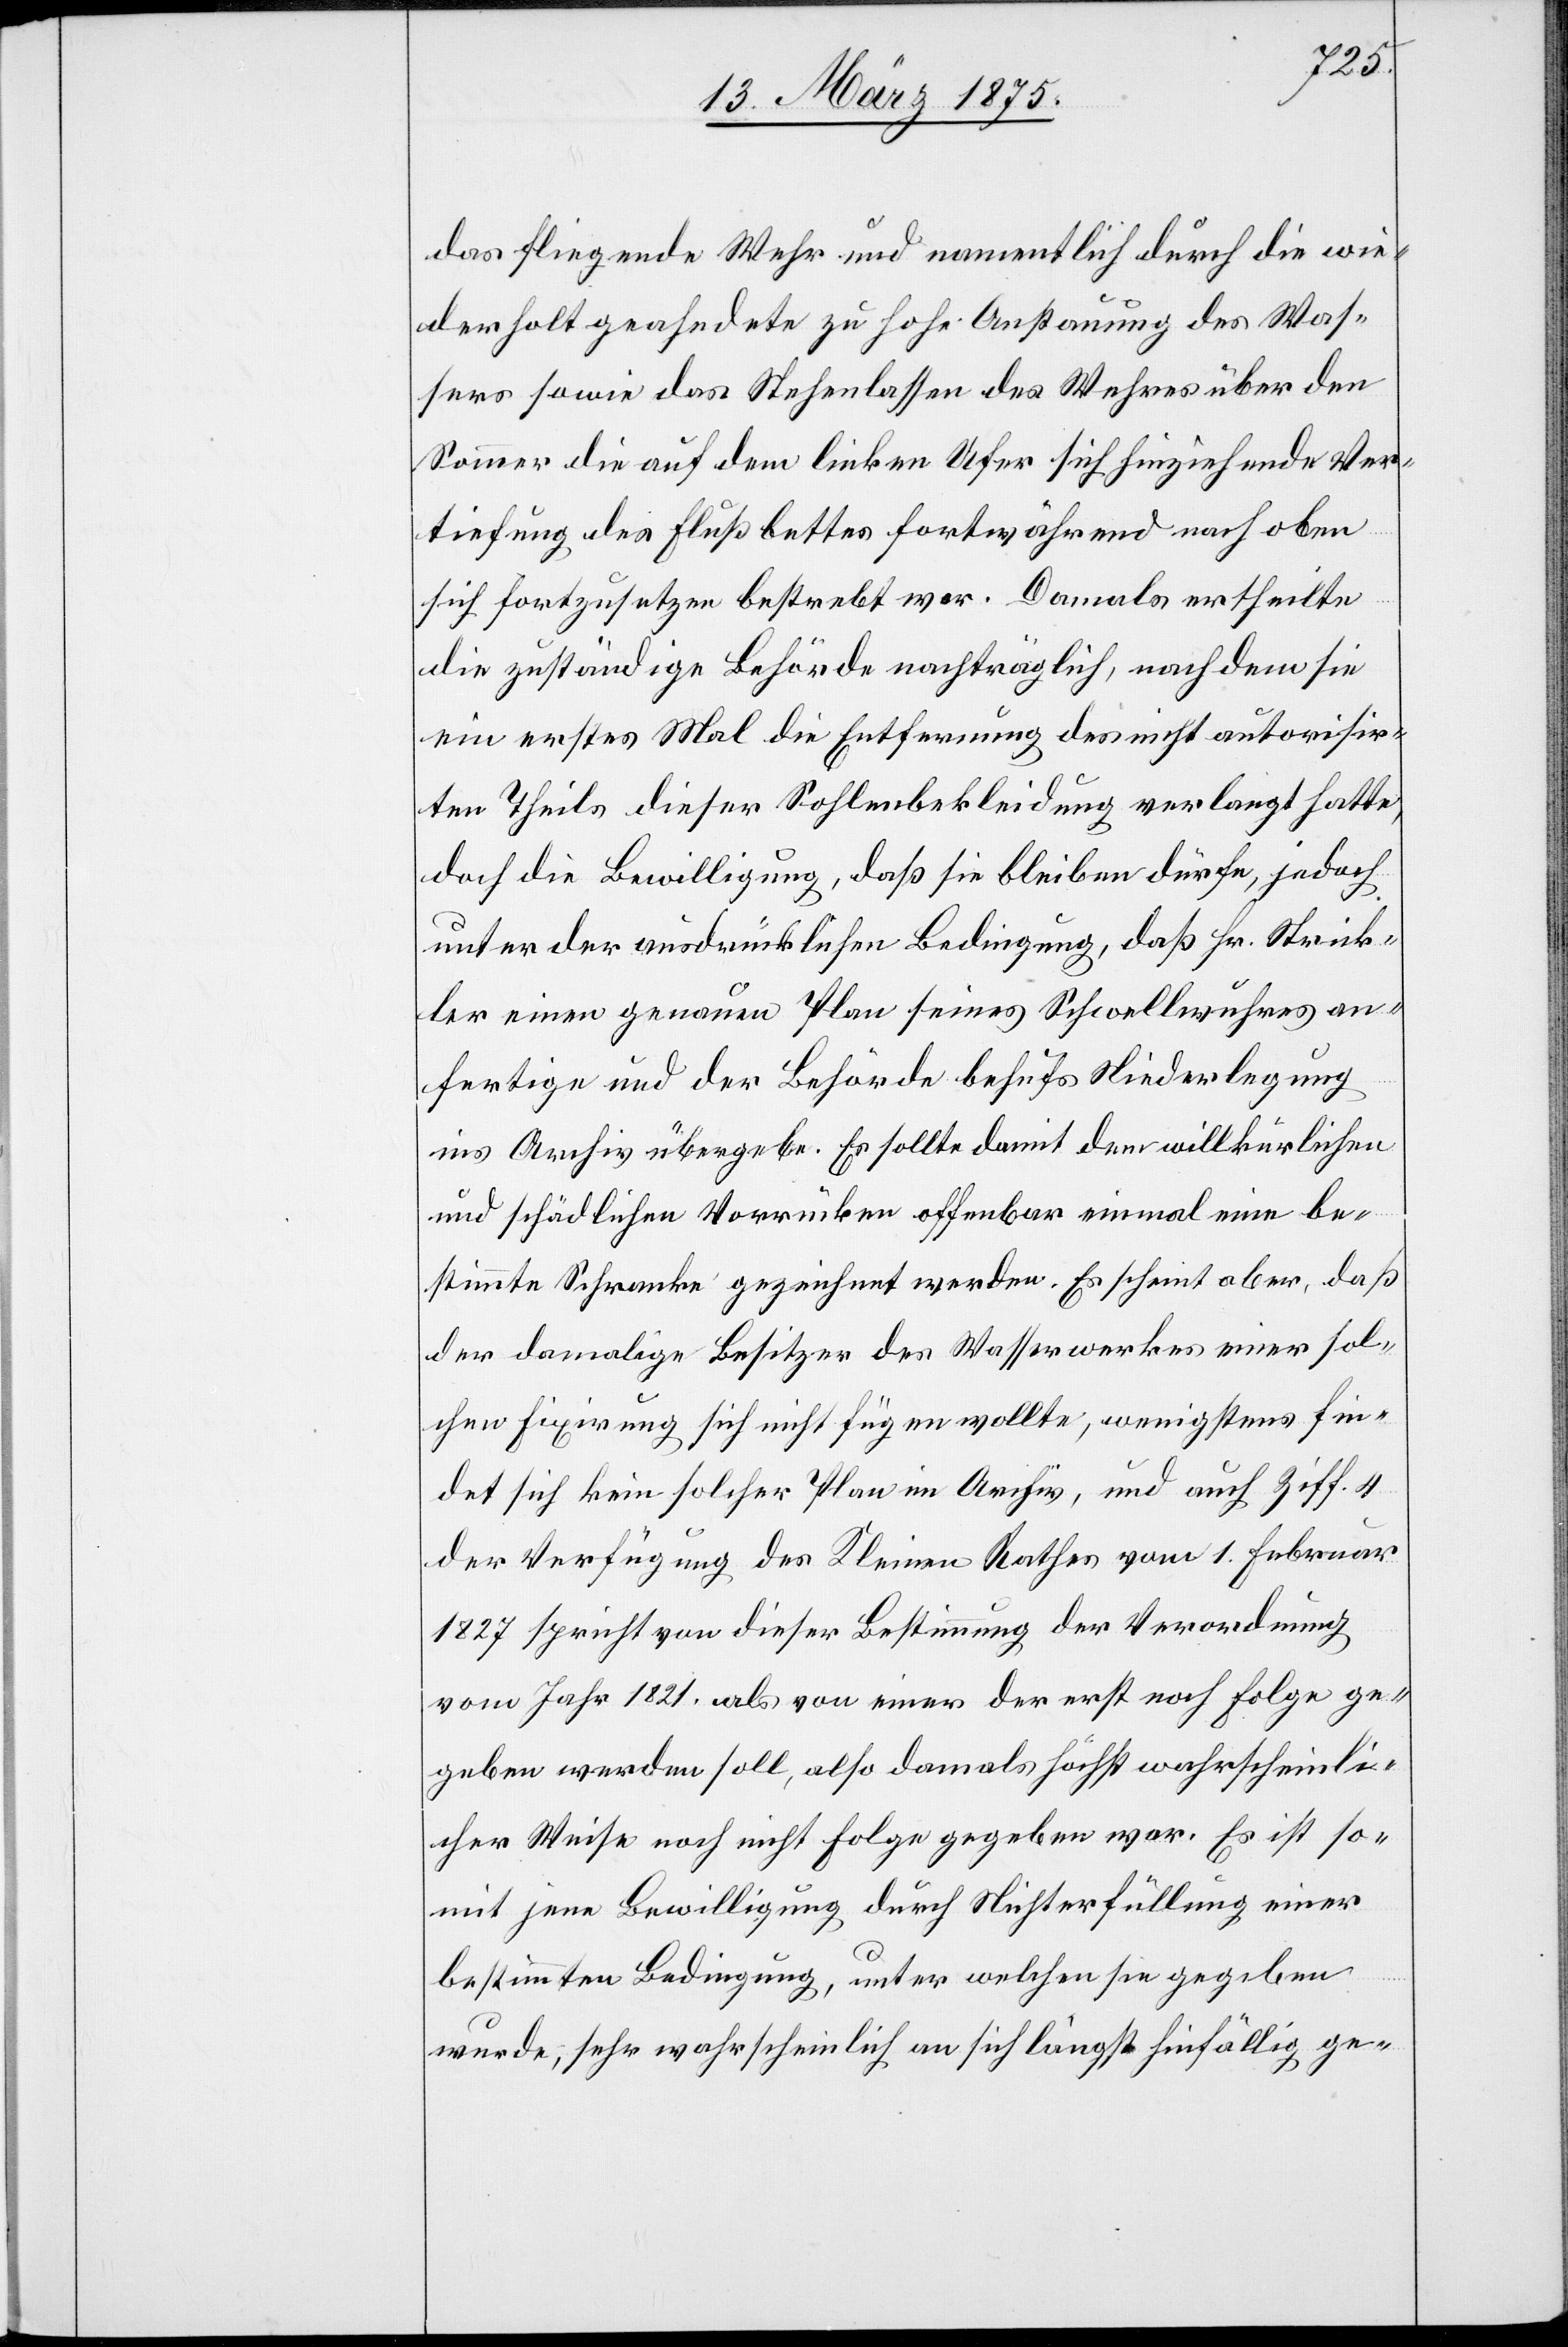
das fliegende Wehr und namentlich durch die wie¬
derholt geahndete zu hohe Anstauung des Was¬
sers sowie das Stehenlassen des Wehres über den
Sommer die auf dem linken Ufer sich hinziehende Ver¬
tiefung des Flußbettes fortwährend nach oben
sich fortzusetzen bestrebt war. Damals ertheilte
die zuständige Behörde nachträglich, nachdem sie
ein erstes Mal die Entfernung des nicht autorisir¬
ten Theils dieser Sohlenbekleidung verlangt hatte,
doch die Bewilligung, daß sie bleiben dürfe, jedoch
unter der ausdrücklichen Bedingung, daß Hr. Strick¬
ler einen genauen Plan seines Schwellwuhres an¬
fertige und der Behörde behufs Niederlegung
ins Archiv übergebe. Er sollte damit dem willkürlichen
und schädlichen Vorrücken offenbar einmal eine be¬
stimmte Schranke gezeichnet werden. Es scheint aber, daß
der damalige Besitzer des Wasserwerkes einer sol¬
chen Fixierung sich nicht fügen wollte, wenigstens fin¬
det sich kein solcher Plan im Archiv, und auch Ziff. 4
der Verfügung des Kleinen Rathes vom 1. Februar
1827 spricht von dieser Bestimmung der Verordnung
vom Jahr 1821, als von einer der erst noch Folge ge¬
geben werden soll, also damals höchst wahrscheinli¬
cher Weise noch nicht Folge gegeben war. Es ist so¬
mit jene Bewilligung durch nicht Erfüllung einer
bestimmten Bedingung, unter welchen sie gegeben
wurde, sehr wahrscheinlich an sich längst hinfällig ge-